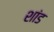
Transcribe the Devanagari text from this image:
शांड